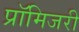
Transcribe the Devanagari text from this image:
प्रॉमिजरी